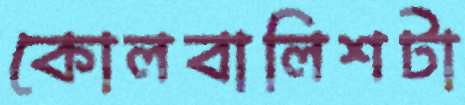
কোলবালিশটা